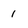
Character: 1